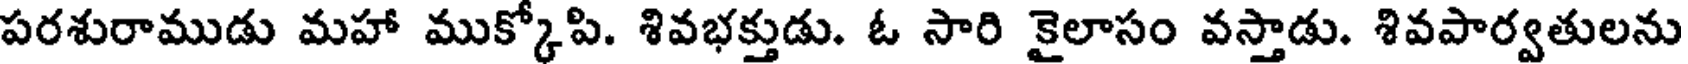
పరశురాముడు మహా ముక్కోపి. శివభక్తుడు. ఓ సారి కైలాసం వస్తాడు. శివపార్వతులను